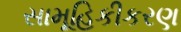
સામૂહિકીકરણ